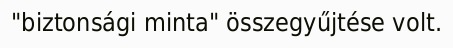
"biztonsági minta" összegyűjtése volt.